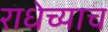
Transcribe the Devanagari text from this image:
राधेच्याच